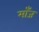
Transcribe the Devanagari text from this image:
माँज